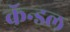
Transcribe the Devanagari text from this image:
कॅन्डल